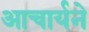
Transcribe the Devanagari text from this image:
आचार्यने